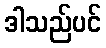
ဒါသည်ပင်